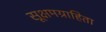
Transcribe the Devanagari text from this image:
सूक्षमग्राहिता